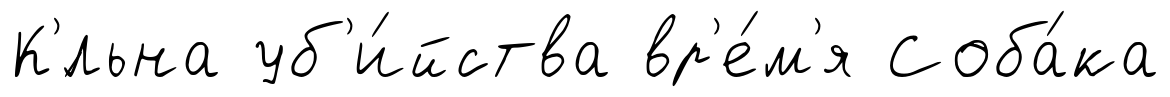
К'́льна уб'и́йства вр'е́м'я Соба́ка